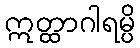
ဣတ္ထာဂါရမ္ပိ